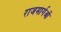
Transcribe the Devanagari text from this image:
राजमार्गओं